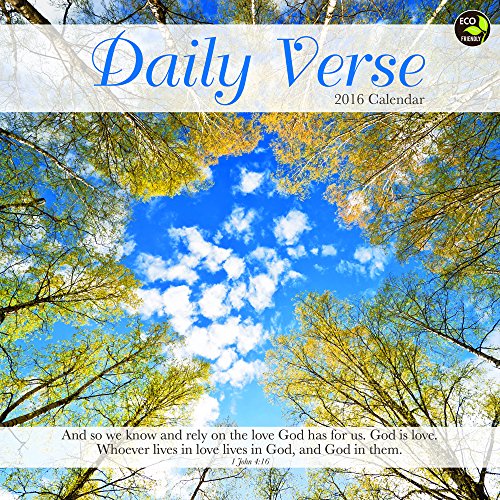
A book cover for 2016 Daily Verse Wall Calendar; TF Publishing; Calendars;